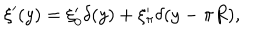
\xi ^ { \prime } ( y ) = \xi _ { 0 } ^ { \prime } \delta ( y ) + \xi _ { \pi } ^ { \prime } \delta ( y - \pi R ) ,